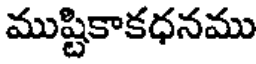
ముష్టికాకధనము